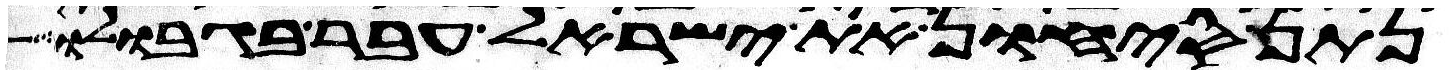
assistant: נתן סיחון את ישראל עבר בגבולו